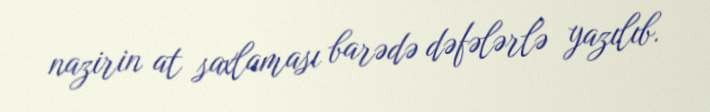
nazirin at saxlaması barədə dəfələrlə yazılıb.